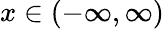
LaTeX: x\in(-\infty,\infty)